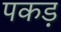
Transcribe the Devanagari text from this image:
पकड़़